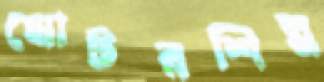
মোটরশিল্প